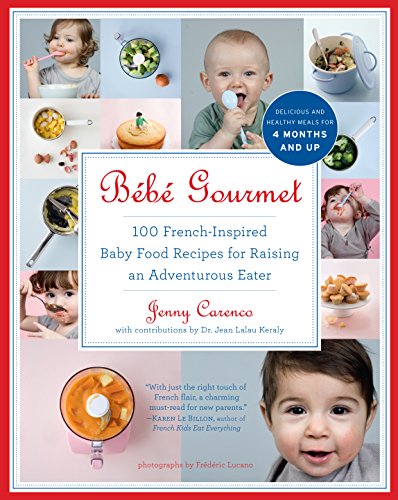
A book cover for BÃ©bÃ© Gourmet: 100 French-Inspired Baby Food Recipes For Raising an Adventurous Eater; Jenny Carenco; Cookbooks, Food & Wine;